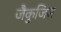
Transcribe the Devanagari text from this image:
जैकुजिस